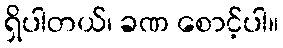
ရှိပါတယ်၊ ခဏ စောင့်ပါ။